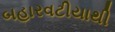
બહારવટીયાથી